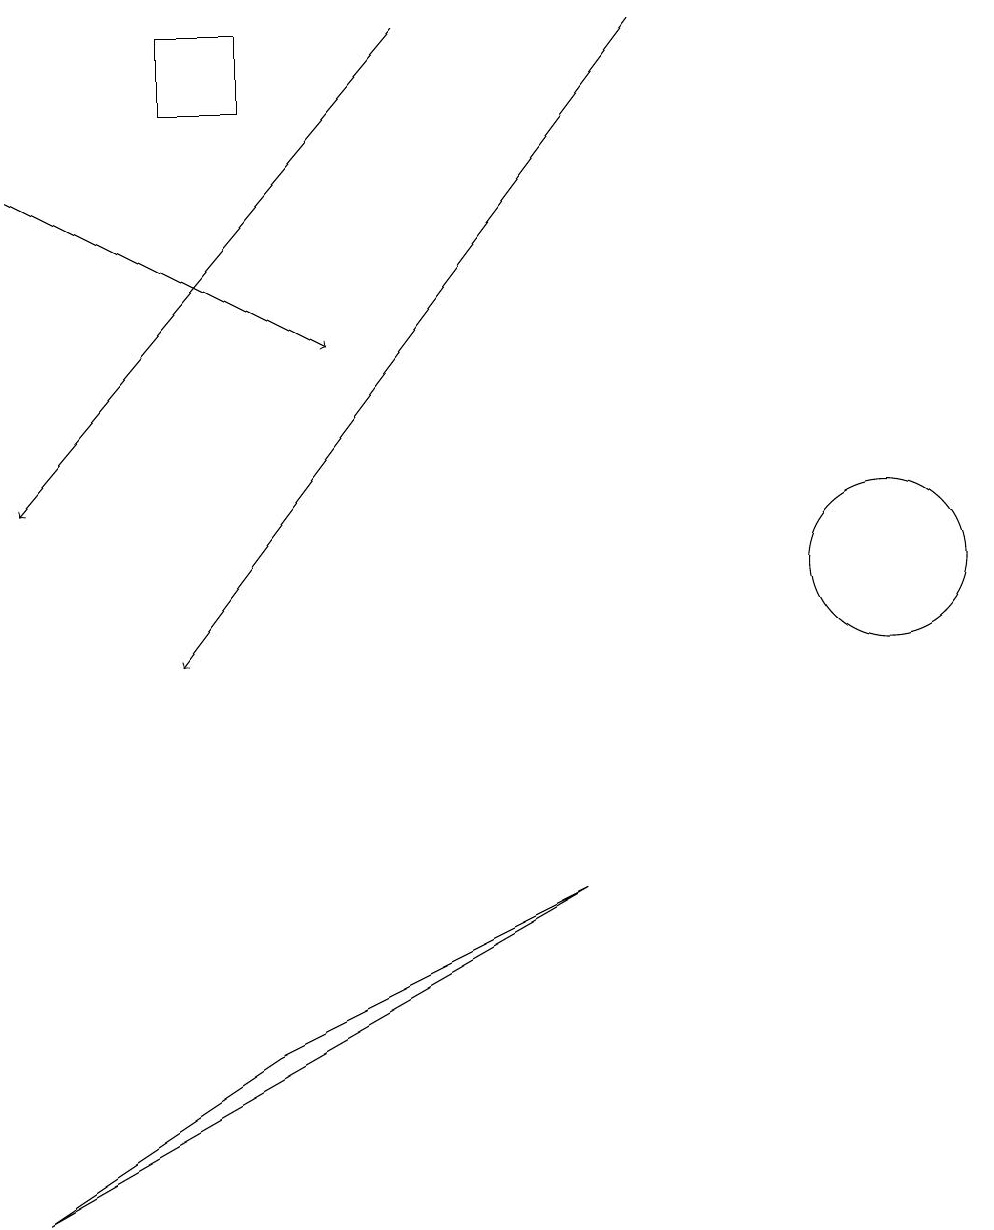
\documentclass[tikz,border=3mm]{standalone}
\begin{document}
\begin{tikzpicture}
\draw[->] (8,18) -- (2,10);
\draw (0,3) -- (3,5) -- (7,7) -- cycle;
\draw (2,18) rectangle (3,17);
\draw[->] (5,18) -- (0,12);
\draw[->] (0,16) -- (4,14);
\draw (11,11) circle (1);
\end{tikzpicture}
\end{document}